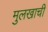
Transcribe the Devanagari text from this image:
मुलखाची